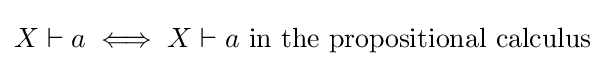
X\vdash a\iff X\vdash a{\mbox{ in the propositional calculus}}